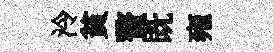
泠貧贅既雍